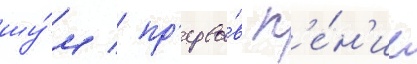
шу́м / пр'ерва́в п'е́н'ие